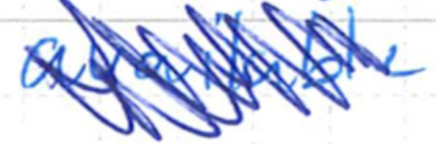
Text: available
Cross-out: scratch
Writing tool: ballpoint